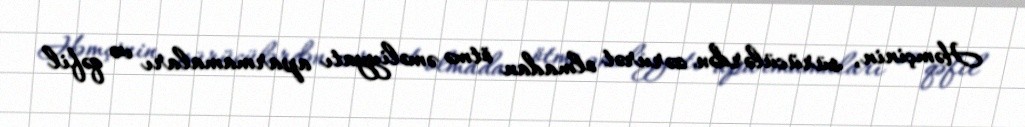
Həmçinin, sürücülərdən zərurət olmadan ötmə əməliyyatı aparmamaları və qəfil